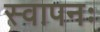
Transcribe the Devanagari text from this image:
स्वापनः